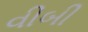
વીબી